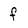
Character: f